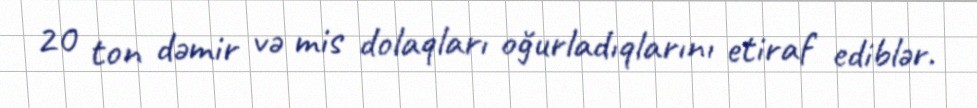
20 ton dəmir və mis dolaqları oğurladıqlarını etiraf ediblər.